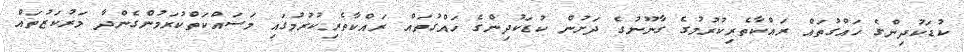
ކުޑަކުދިންގެ ހައްގުތައް ރައްކާތެރިކުރުމުގެ ގާނޫނުގެ ދަށުން ކުޑަކުދިންގެ ހައްގުތައް ރައްކާތެރިކުރުމުގައި މަސައްކަތްކުރަމުންގެންދާ މަރުކަޒުތައް